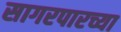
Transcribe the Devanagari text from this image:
सागरपारच्या